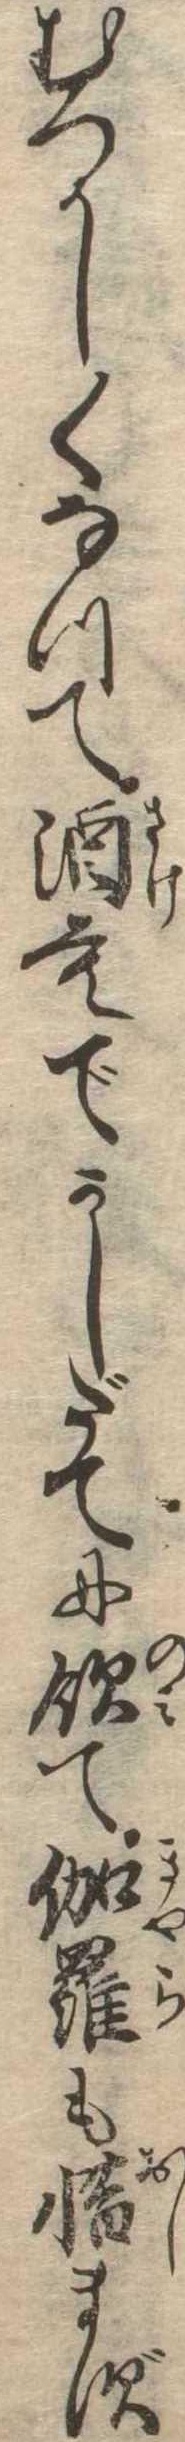
むつかしくなつて酒もでかしだてに飲て伽羅も惜まず